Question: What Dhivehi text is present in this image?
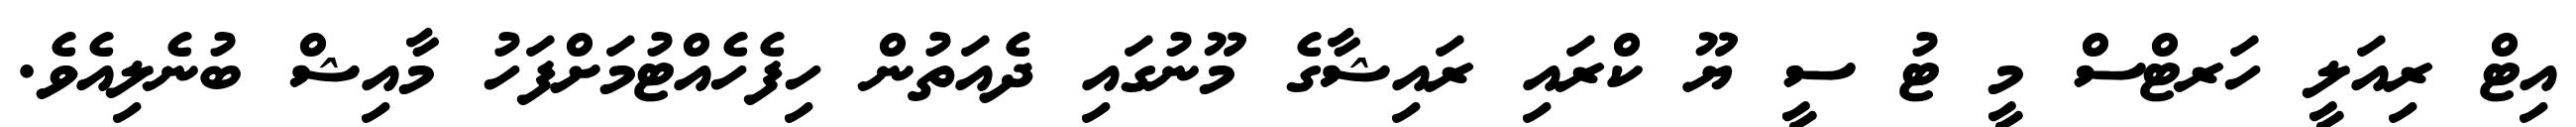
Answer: އިޓް ރިއަލީ ހަރޓްސް މީ ޓު ސީ ޔޫ ކްރައި ރައިޝާގެ މޫނުގައި ދެއަތުން ހިފެހެއްޓުމަށްފަހު މާއިޝް ބުނެލިއެވެ.